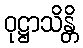
ဝုဋ္ဌာသိန္တိ